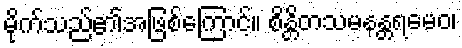
မိုက်သည်၏အဖြစ်ကြောင့်။ စိန္တိတသမနန္တရမေဝ၊